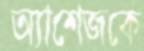
অ্যাশেজকে